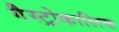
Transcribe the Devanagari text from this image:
गैस्ट्रोकालिक